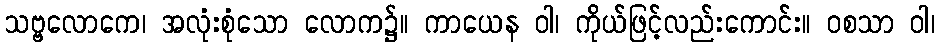
သဗ္ဗလောကေ၊ အလုံးစုံသော လောက၌။ ကာယေန ဝါ၊ ကိုယ်ဖြင့်လည်းကောင်း။ ဝစသာ ဝါ၊